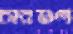
চারগুণ